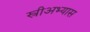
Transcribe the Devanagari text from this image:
स्त्रीअभ्यास